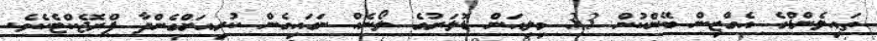
ތައިލެންޑްގެ އެގްޒިން ބޭންކުން 33 މިލިއަން ޑޮލަރުގެ ލޯނެއް ނަގައިގެން ކުރިއަށްގެންދާ ޕްރޮޖެކްޓެކެވެ.